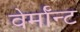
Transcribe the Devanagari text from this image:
वेर्माॅन्ट